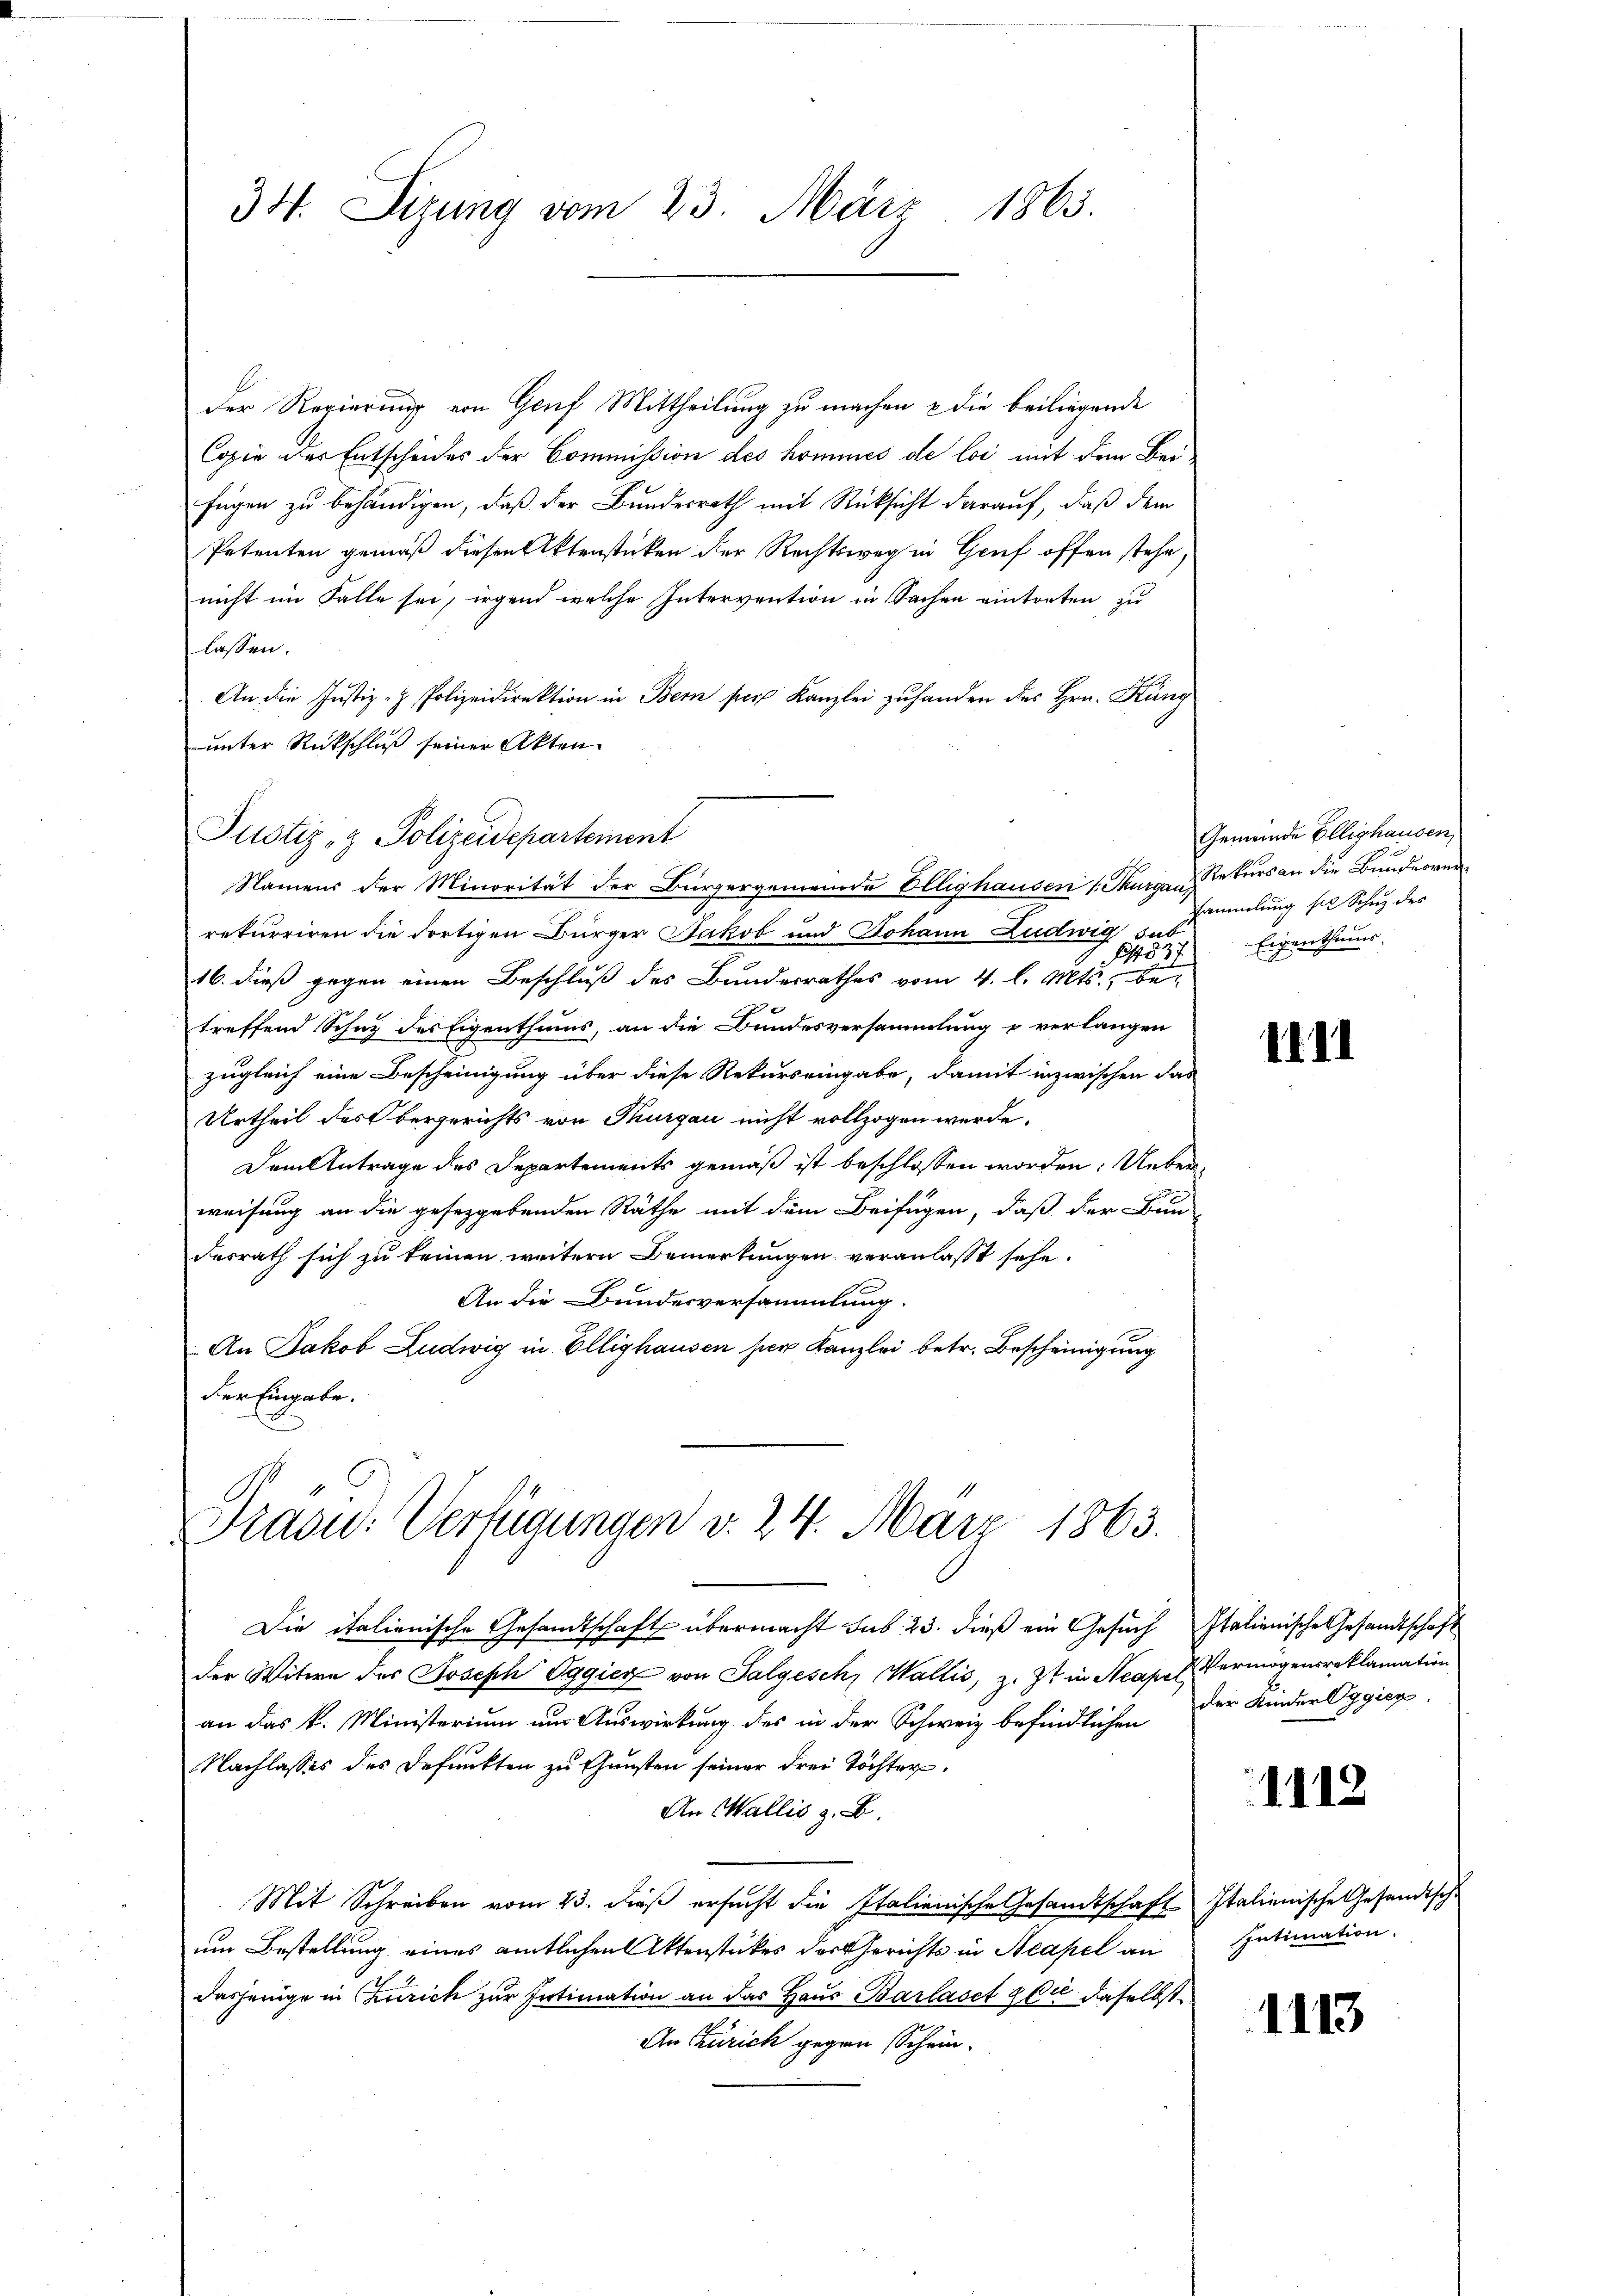
Der Regierung von Genf Mittheilung zu machen & die beiliegende
Copie der Entscheides der Commission des kommes de loi mit dem Beifügen zu behändigen, daß der Bundesrath mit Rücksicht darauf, daß dem
Petenten gemäß diesen Aktenstücken der Rechtsweg in Genf offen stehe,
nicht im Falle sei, irgend welche Intervention in Sachen eintreten zu
lassen.
An die Justiz- & Polizeidirektion in Bern per Kanzlei zuhanden des Hrn. Küng
unter Rückschluß seiner Akten.
rekurriren die dortigen Bürger Jakob und Johann Ludwig sub
837
16. dieß gegen einen Beschluß des Bundesrathes vom 4. l. Mts., betreffend Schuz des Eigenthums, an die Bundesversammlung u verlangen
zugleich eine Bescheinigung über diese Rekurs eingabe, damit inzwischen das
Urtheil des Obergerichts von Thurgau nicht vollzogen werde.
Dem Antrage des Departements gemäß ist beschlossen worden. Ueberweisung an die gesetzgebenden Räthe mit dem Beifügen, daß der Bun-
desrath sich zu keinen weitern Bemerkungen veranlasst sehe.
An die Bundesversammlung:
An Jakob Ludwig in Öllighausen her Kanzlei betr. Bescheinigung
der Eingabe.
Draou: Verfügungen v. 24. März 1863.

34. Sizung vom 23. März 1863.

Justiz- & Polizeidepartement

Namens der Minorität der Bürgergemeinde Ellighausen 1. Thurgau, Rekurs an die Bunderren

Die italienische Gesandtschaft übermacht sub. 23. dieß ein Gesuch Italienische Gesandtschaft
der Witwe der Joseph Oggier von Talgesch, Wallis, z. Zt. in Neapel
an das k. Ministerium aus Auswirkung des in der Schweiz befindlichen
Nachlasses des Defunkten zu Gunsten seiner drei Töchter.
An Wallis z. B.
Mit Schreiben vom 23. dieß ersucht die Italienische Gesandtschaft Italienische Gesandtsche
um Bestellung eines amtlichen Aktenstückes der Gerichts in Neapel an
dasjenige in Zürich zur Intimation an das Haus Barlaset gli daselbst
An Zürich gegen Schein-

Gemeinde Ellighausen,
sammlung sie Schne des
Eigenthums,

1111

V Vermögensreklamation
der Kinder Hygien.

1112

Intimation.

1113